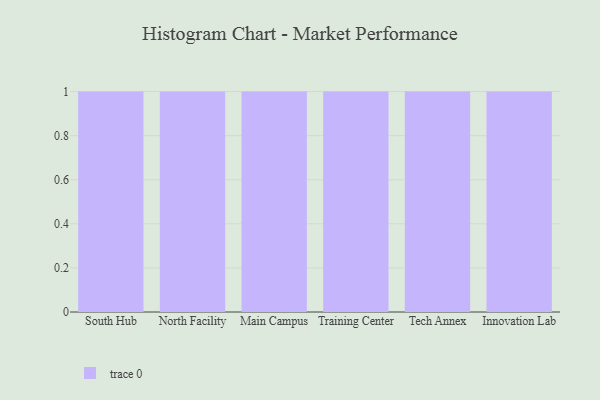
{"axis": {"x": "Campus", "y": "Headcount"}, "legend": [""], "data": [{"x": "South Hub", "y": 75, "type": ""}, {"x": "North Facility", "y": 86, "type": ""}, {"x": "Main Campus", "y": 41, "type": ""}, {"x": "Training Center", "y": 31, "type": ""}, {"x": "Tech Annex", "y": 48, "type": ""}, {"x": "Innovation Lab", "y": 79, "type": ""}]}